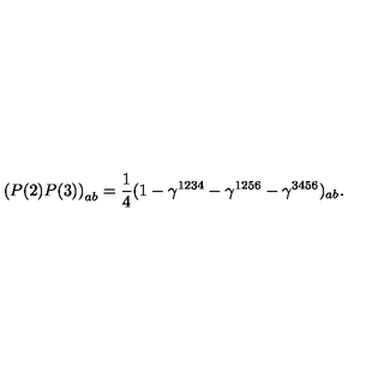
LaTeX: \left( P ( 2 ) P ( 3 ) \right) _ { a b } = \frac { 1 } { 4 } ( 1 - \gamma ^ { 1 2 3 4 } - \gamma ^ { 1 2 5 6 } - \gamma ^ { 3 4 5 6 } ) _ { a b } .